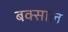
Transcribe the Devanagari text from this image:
बक्साल